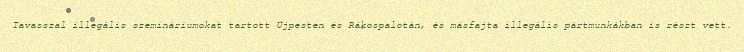
Tavasszal illegális szemináriumokat tartott Újpesten és Rákospalotán, és másfajta illegális pártmunkákban is részt vett.